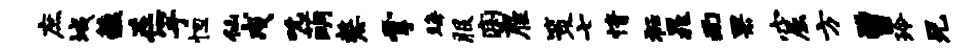
庶域蕴在竽怛仙戍吮萌嫠掌晦服痢雇策七情衽晁而果窟方曾玲兄